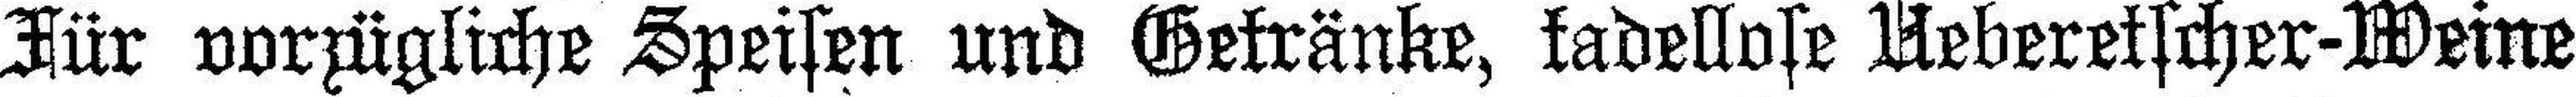
Für vorzügliche Speisen und Getränke, tadellose Ueberetscher-Weine